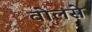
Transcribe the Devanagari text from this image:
वोलसे